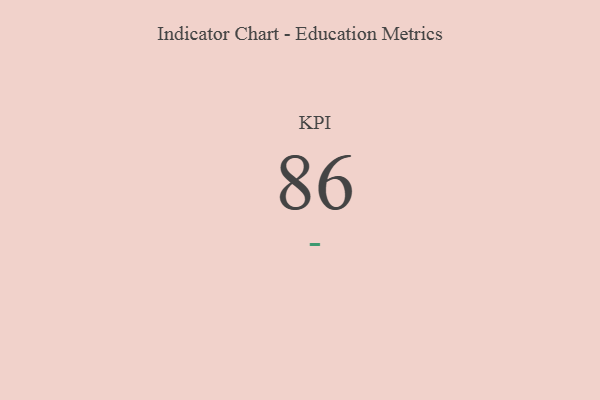
{"axis": {"x": "KPI", "y": "Value"}, "legend": [""], "data": [{"x": "KPI", "y": 86, "type": ""}]}